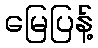
မြေပြန့်